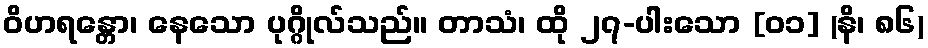
ဝိဟရန္တော၊ နေသော ပုဂ္ဂိုလ်သည်။ တာသံ၊ ထို ၂၇-ပါးသော [၀၁] (နိ၊ ၈၆)